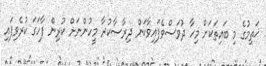
ޚަތިމުގެ މި ބައިތަކަށް މިހާ ދުވަސްވެފައިވާކަން ދިރާސާކުރާ މީހުންނަށް ކުރިން ފާހަގަ ކުރެވިފައި